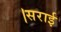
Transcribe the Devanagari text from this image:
।सराई